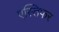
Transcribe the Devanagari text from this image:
एस्तिफर